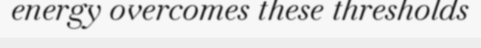
energy overcomes these thresholds